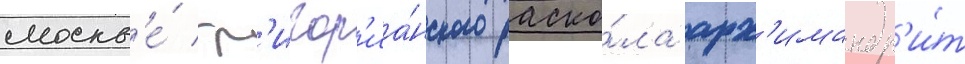
москв'е́ гр'игор'иа́нского раско́ла арх'имандр'и́т